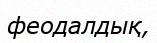
феодалдық,